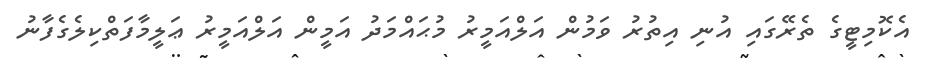
އެކޮމިޓީގެ ތެރޭގައި އުނި އިތުރު ވަމުން އަލްއަމީރު މުޙައްމަދު އަމީން އަލްއަމީރު ޢަލީމާފަތްކިލެގެފާނު